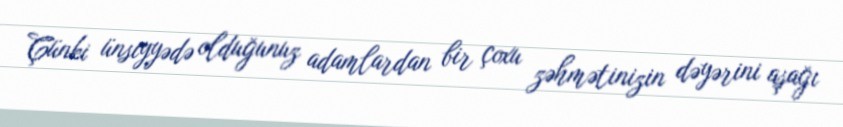
Çünki ünsiyyədə olduğunuz adamlardan bir çoxu zəhmətinizin dəyərini aşağı